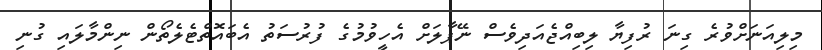
މިލިއަނަށްވުރެ ގިނަ ރުފިޔާ ލިބިއްޖެއަދިވެސް ނޭޕާލަށް އެހީވުމުގެ ފުރުސަތު އެބައޮތްޓެލެތޯން ނިންމާލައި ގުނި